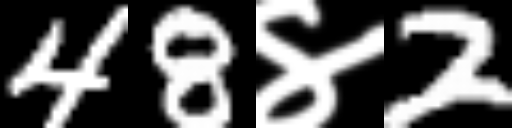
Text: 48४2